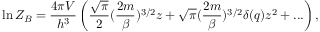
\ln { \cal Z } _ { B } = \frac { 4 \pi V } { h ^ { 3 } } \left( \frac { \sqrt { \pi } } { 2 } ( \frac { 2 m } { \beta } ) ^ { 3 / 2 } z + \sqrt { \pi } ( \frac { 2 m } { \beta } ) ^ { 3 / 2 } \delta ( q ) z ^ { 2 } + . . . \right) ,